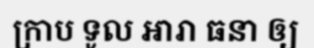
ក្រាប ទូល ឣារា ធនា ឲ្យ